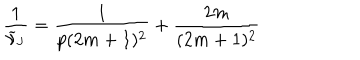
\frac { 1 } { \widetilde { \nu } _ { \mathrm { J } } } = \frac { 1 } { p ( 2 m + 1 ) ^ { 2 } } + \frac { 2 m } { ( 2 m + 1 ) ^ { 2 } }